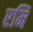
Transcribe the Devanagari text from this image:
रमि